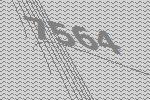
7564